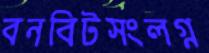
বনবিটসংলগ্ন